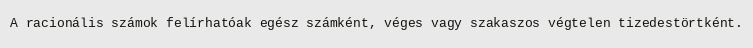
A racionális számok felírhatóak egész számként, véges vagy szakaszos végtelen tizedestörtként.